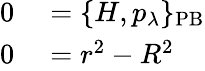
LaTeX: \begin{array}{rl}{0}&{{}=\{ H,p_{\lambda}\} _{\mathrm{PB}}}\\ {0}&{{}=r^{2}-R^{2}}\end{array}